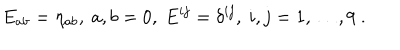
E _ { a b } = \eta _ { a b } , \ a , b = 0 , \ E ^ { i j } = \delta ^ { i j } , \ i , j = 1 , \dots , 9 \ .